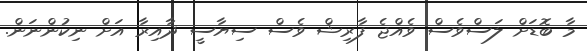
މާ ބޮޑަށް ލަސްވެސް ވެއްޖެ ފާރިޝް ވެސް ސިޔާސީ ދާއިރާ އަށް ނިކުންނަން.